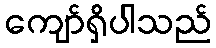
ကျော်ရှိပါသည်